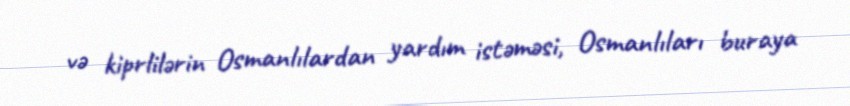
və kiprlilərin Osmanlılardan yardım istəməsi, Osmanlıları buraya